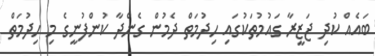
ބައެއް ކުދި ޖަޒީރާ ގައުމުތަކުގައި ހިދުމަތް ދެމުން ގެންދާ ކުންފުނީގެ މި ހިދުމަތް